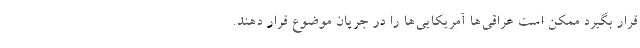
قرار بگیرد ممکن است عراقی‌ها آمریکایی‌ها را در جریان موضوع قرار دهند.